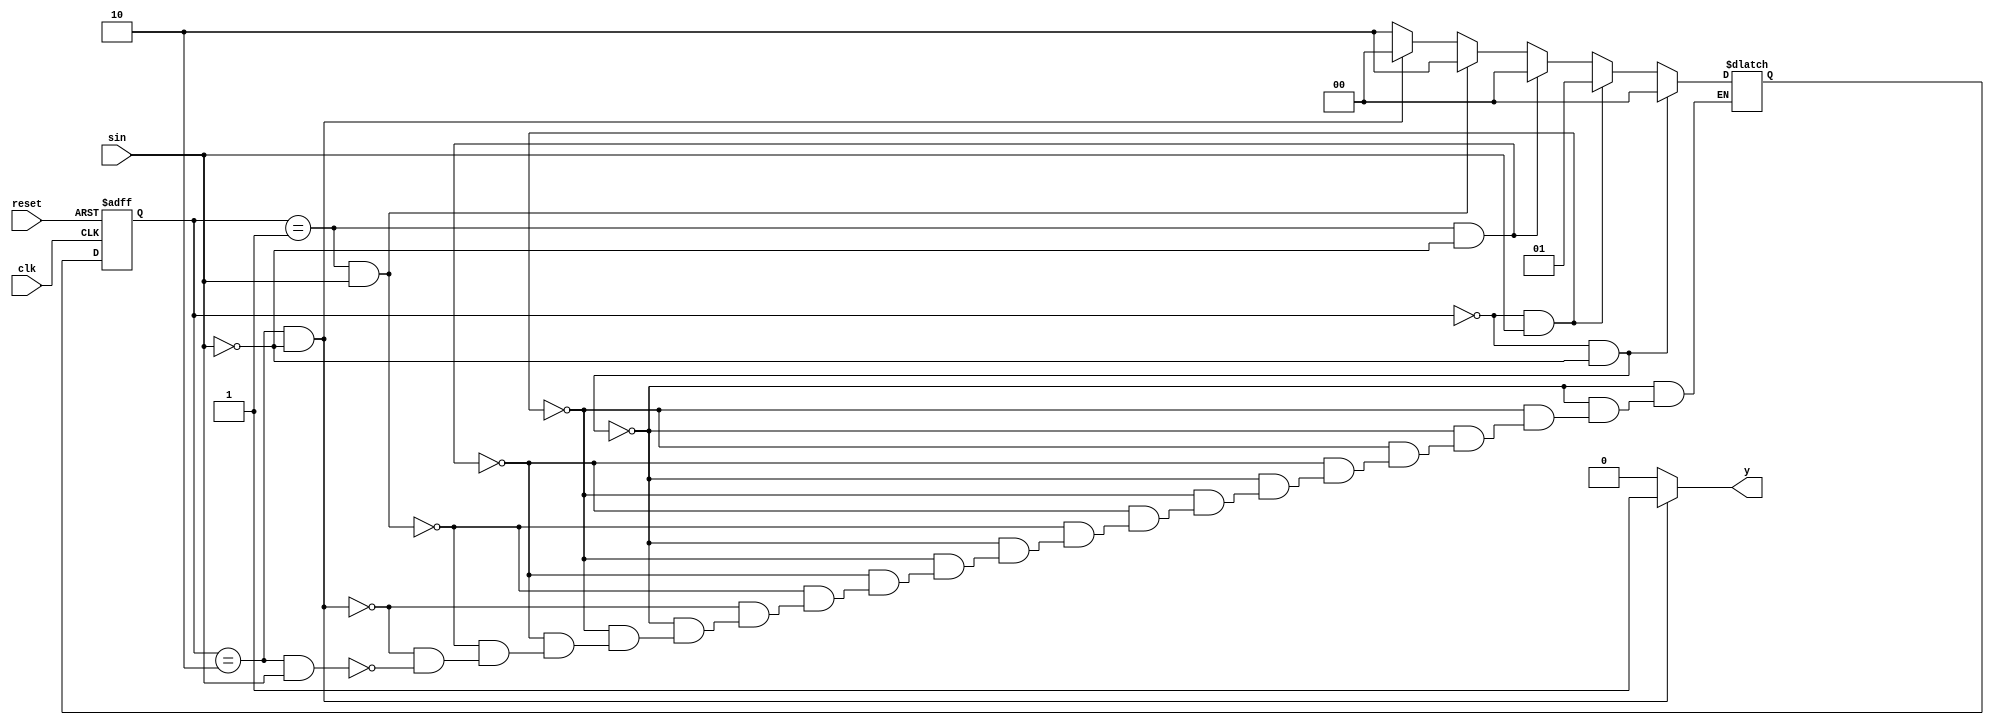

module mealy_3bit(sin,clk,reset,y);
input sin,clk,reset;
output y;
reg y;
reg [1:0] r_reg,n_reg;
parameter s0=2'b00,s1=2'b01,s2=2'b10;
always @(posedge clk or posedge reset)
         if (reset)
         r_reg <= s0;
         else
         r_reg <= n_reg;
always @(r_reg or sin)
       if (r_reg==s0 && sin==0) n_reg=s0;
       else if (r_reg==s0 && sin==1) n_reg=s1;
       else if (r_reg==s1 && sin==0) n_reg=s0;
       else if (r_reg==s1 && sin==1) n_reg=s2;
       else if (r_reg==s2 && sin==0) n_reg=s0;
       else if (r_reg==s2 && sin==1) n_reg=s2;
always @(r_reg or sin)
    if (r_reg==s2 && sin==0) y=1;
    else y=0;
endmodule